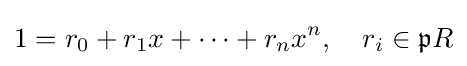
1=r_{0}+r_{1}x+\cdots +r_{n}x^{n},\quad r_{i}\in {\mathfrak {p}}R